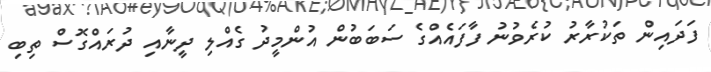
ފަދައިން ތަކުރާރު ކުރެވުނު ފާފައެއްގެ ސަބަބުން އުންމީދު ގެއްލި ދީނާއި ދުރައްގޮސް ތިބި